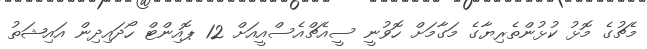
މެޗުގެ މޮޅު ކުޅުންތެރިޔާގެ މަގާމަށް ހޮވުނީ ސީއެޗްއެސްއީއަށް 12 ޕޮއިންޓް ހޯދައިދިން އައިޝަތު